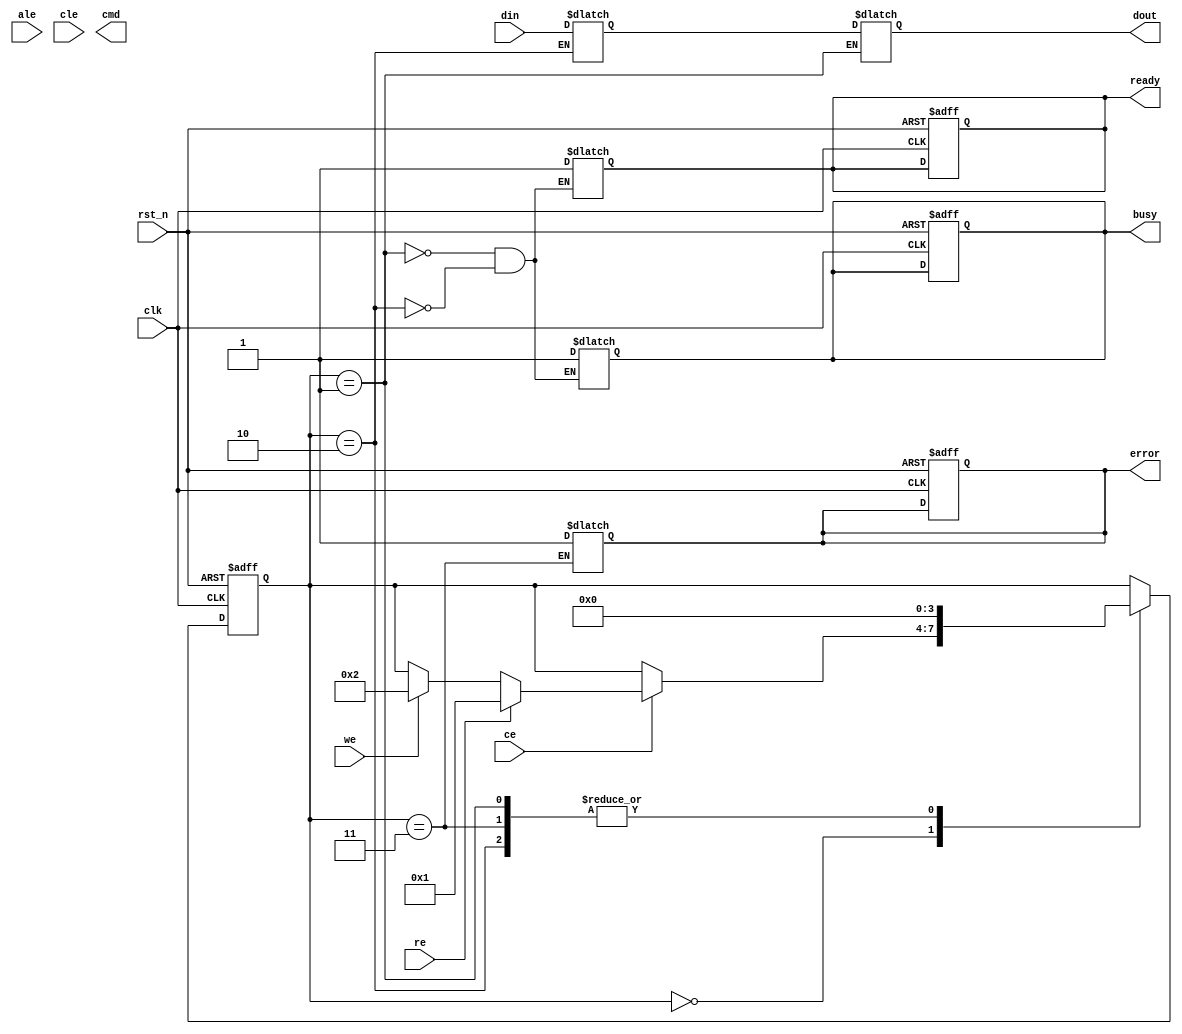
module nand_flash_io_block (
    input wire clk,               // System Clock
    input wire rst_n,             // Active Low Reset
    input wire [D_WIDTH-1:0] din, // Data Input
    output reg [D_WIDTH-1:0] dout, // Data Output
    input wire we,                // Write Enable
    input wire re,                // Read Enable
    input wire ce,                // Chip Enable
    input wire ale,               // Address Latch Enable
    input wire cle,               // Command Latch Enable
    output reg busy,              // Busy Status
    output reg ready,             // Ready Status
    output reg error,             // Error Status
    output reg [CMD_WIDTH-1:0] cmd // Command Status
);

parameter D_WIDTH = 8;          // Data Width
parameter CMD_WIDTH = 4;        // Command Width

// Internal signals
reg [D_WIDTH-1:0] data_latch;   // Data Latch
reg [CMD_WIDTH-1:0] command;     // Command Register
reg [3:0] state;                 // State Machine
reg [3:0] next_state;            // Next State

// State Definitions
localparam IDLE = 4'b0000,
           READ = 4'b0001,
           WRITE = 4'b0010,
           ERROR = 4'b0011;

// State Transition Logic
always @(posedge clk or negedge rst_n) begin
    if (!rst_n) begin
        state <= IDLE;
        busy <= 0;
        ready <= 0;
        error <= 0;
    end else begin
        state <= next_state;
    end
end

// Next State Logic
always @(*) begin
    next_state = state; // Default to current state
    case (state)
        IDLE: begin
            if (ce) begin
                if (re) begin
                    next_state = READ;
                end else if (we) begin
                    next_state = WRITE;
                end
            end
        end
        READ: begin
            busy = 1;
            dout = data_latch; // Output data
            ready = 1; // Mark ready after read
            next_state = IDLE; // Go back to IDLE after read
        end
        WRITE: begin
            busy = 1;
            data_latch = din; // Latch data for writing
            ready = 1; // Mark ready after write
            next_state = IDLE; // Go back to IDLE after write
        end
        ERROR: begin
            error = 1; // Set error state
            next_state = IDLE; // Go back to IDLE after error
        end
    endcase
end

// Command Decoder (simplified)
always @(posedge clk) begin
    if (cle) begin
        command <= din[CMD_WIDTH-1:0]; // Latch command
    end
    // Additional command processing can be added here
end

endmodule